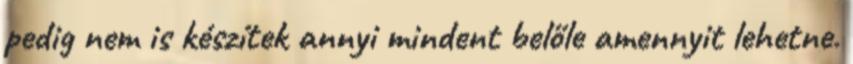
pedig nem is készítek annyi mindent belőle amennyit lehetne.